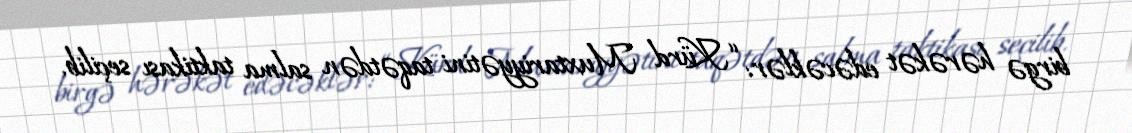
birgə hərəkət edəcəklər: “Kürd Muxtariyyətini taqətdən salma taktikası seçilib.